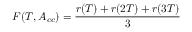
F ( T , A _ { c c } ) = \frac { r ( T ) + r ( 2 T ) + r ( 3 T ) } { 3 }